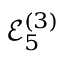
\mathcal { E } _ { 5 } ^ { ( 3 ) }